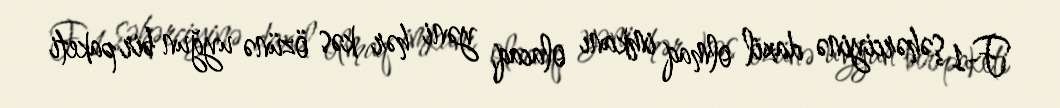
F-1 şəhərciyinə daxil olmaq imkanı olacaq, yəni hər kəs özünə uyğun bir paketi